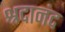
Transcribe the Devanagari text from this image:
श्रदानंद